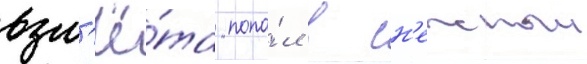
взл'ё́та попа́л в сн'ежныи